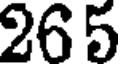
265